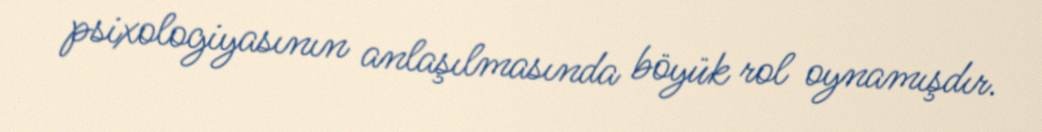
psixologiyasının anlaşılmasında böyük rol oynamışdır.